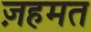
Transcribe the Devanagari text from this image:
ज़हमत